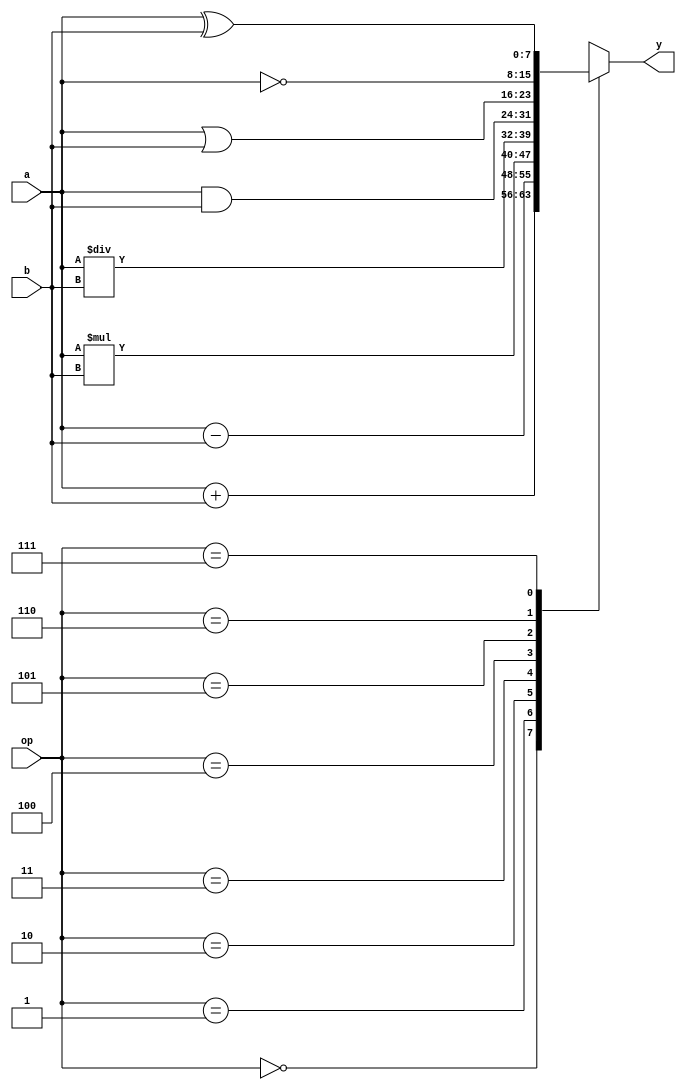
// J a, b | op wBAMNGbs y 
module alu(input [7:0] a, input [7:0] b, input [2:0] op, output reg [7:0] y);
always@(a or b or op) begin //  a, b  op ANiJC
  case(op)                  //  op MwnB
    3'b000: y = a + b;      // op=000, [k
    3'b001: y = a - b;      // op=000, k
    3'b010: y = a * b;      // op=000, k
    3'b011: y = a / b;      // op=000, k
    3'b100: y = a & b;      // op=000,  AND
    3'b101: y = a | b;      // op=000,  OR
    3'b110: y = ~a;         // op=000,  NOT
    3'b111: y = a ^ b;      // op=000,  XOR
  endcase
  $display("base 10 : %dns : op=%d a=%d b=%d y=%d", $stime, op, a, b, y); // LX op, a, b, y  10 iC
  $display("base  2 : %dns : op=%b a=%b b=%b y=%b", $stime, op, a, b, y); // LX op, a, b, y   2 iC
end
endmodule

module main;                // {}l
 reg  [7:0] a, b;           // i a, b  8 s
 wire  [7:0] y;             // i y  8 u
 reg  [2:0] op;             // i op  3 s

 alu alu1(a, b, op, y);     // @ alu AW alu1

 initial begin              // {l@
  a = 8'h07;                // ]w a  7
  b = 8'h03;                // ]w b  3
  op = 3'b000;              // ]w op l 000
 end

 always #50 begin           // C 50 `N@UC@
   op = op + 1;             //  op [ 1
 end

initial #1000 $finish;      //  1000 `N

endmodule